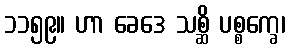
၁၁၅၉။ ဟာ ခေဒေ သစ္ဆိ ပစ္စက္ခေ၊